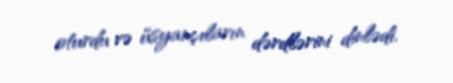
oturdu və üsyançıların dərdlərini dinlədi.